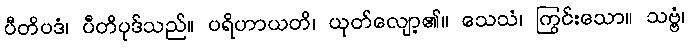
ပီတိပဒံ၊ ပီတိပုဒ်သည်။ ပရိဟာယတိ၊ ယုတ်လျော့၏။ သေသံ၊ ကြွင်းသော။ သဗ္ဗံ၊